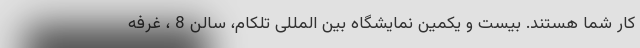
کار شما هستند. بیست و یکمین نمایشگاه بین المللی تلکام، سالن 8 ، غرفه